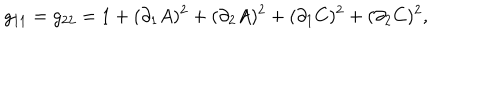
g _ { 1 1 } = g _ { 2 2 } = 1 + ( \partial _ { 1 } A ) ^ { 2 } + ( \partial _ { 2 } A ) ^ { 2 } + ( \partial _ { 1 } C ) ^ { 2 } + ( \partial _ { 2 } C ) ^ { 2 } ,